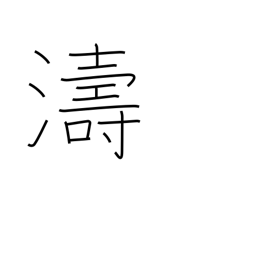
Meaning: waves